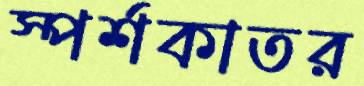
স্পর্শকাতর